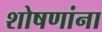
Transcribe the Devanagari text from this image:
शोषणांना